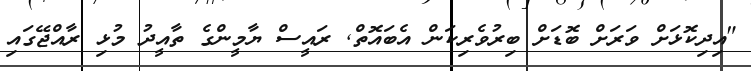
"އިދިކޮޅަށް ވަރަށް ބޮޑަށް ބިރުވެރިކަން އެބައޮތް